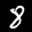
Label: 8